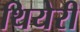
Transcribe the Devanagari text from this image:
थियेरी